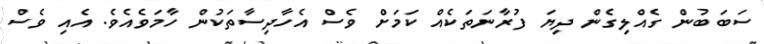
ސަބަބުން ގެއްލިގެން ދިޔަ ފުރާނަތަކެއް ކަމަށް ވެސް އެހާދިސާތަކުން ހާމަވެއެވެ. އެއި ވެސް